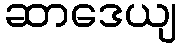
ဆာဒေယျ